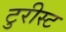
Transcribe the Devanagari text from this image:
टुरीस्ट